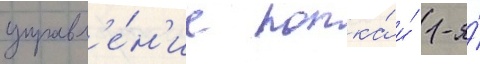
управл'е́н'ие полка́ и́ 1-я́